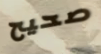
صحيح